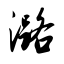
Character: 潞